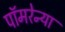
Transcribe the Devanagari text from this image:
पॉमरेन्या